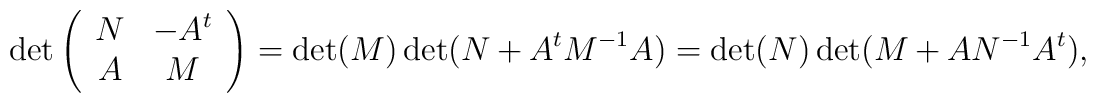
\det\left( \begin{array}{cc} N & -A^t \\ A & M\end{array}\right)=\det(M)\det(N+A^tM^{-1}A)=\det(N)\det(M+AN^{-1}A^t),